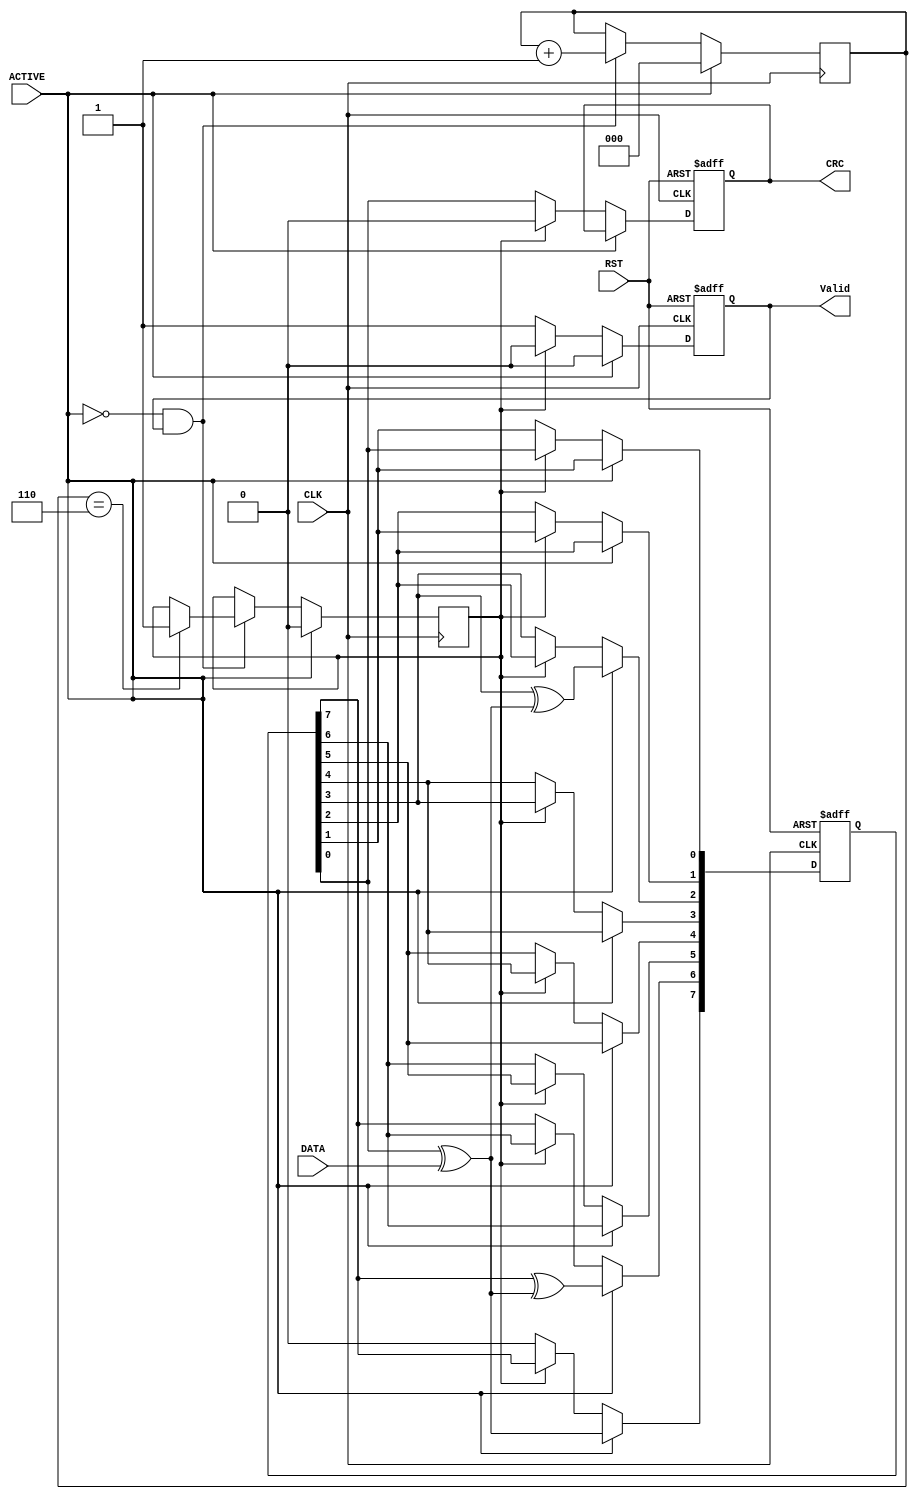
module LFSR #(parameter WIDTH = 8,
              parameter COUNTER_WIDTH = 3) (
    input  wire CLK, RST,
    input  wire ACTIVE, 
    input  wire DATA,
    output reg  CRC,
    output reg  Valid
);

// Declare 8-bit register
reg [WIDTH - 1 : 0] LFSR;

// Counter
reg [COUNTER_WIDTH - 1 : 0] counter;
reg done_count;

wire FeedBack;

integer i;

localparam [WIDTH - 1 : 0] TAPS = 8'b10111011;
localparam [WIDTH - 1 : 0] SEED = 8'hD8;

assign FeedBack = LFSR[0] ^ DATA;

always @(posedge CLK or negedge RST) begin
    if(!RST) begin
        LFSR       <= SEED;
        Valid      <= 1'b0;
        CRC        <= 1'b0;
    end
    else if(ACTIVE) begin 
        for(i = 0 ; i < (WIDTH - 1) ; i = i + 1) begin
            if(TAPS[i] == 1) begin
                LFSR[i] <= LFSR[i+1];
            end
            else begin
                LFSR[i] <= LFSR[i+1] ^ FeedBack;
            end
        end
        LFSR[WIDTH - 1] <= FeedBack;
        Valid <= 1'b0;
        /*
        LFSR[0] <= LFSR[1];
        LFSR[1] <= LFSR[2];
        LFSR[2] <= LFSR[3] ^ FeedBack;
        LFSR[3] <= LFSR[4];
        LFSR[4] <= LFSR[5];  
        LFSR[5] <= LFSR[6];
        LFSR[6] <= LFSR[7] ^ FeedBack;
        LFSR[7] <= FeedBack;
        */   
    end
    else if(!done_count) begin
        Valid <= 1'b1;
        {LFSR[WIDTH - 2 : 0],CRC} <= LFSR ;
        LFSR[7] <= 1'b0;
			/*
			CRC <= LFSR[0]
			LFSR[0] <= LFSR[1]
			LFSR[1] <= LFSR[2]
			LFSR[2] <= LFSR[3]
			LFSR[3] <= LFSR[4]
			LFSR[4] <= LFSR[5]
			LFSR[5] <= LFSR[6]
			LFSR[6] <= LFSR[7]
            LFSR[7] <= 0
			*/       
    end

    else begin
        Valid <= 1'b0;
        CRC   <=  'b0;
    end
end

always @(posedge CLK) begin
    if(ACTIVE) begin
        counter    <= 3'b000;
        done_count <= 1'b0;
    end
    else if(!ACTIVE && Valid) begin
        counter <= counter + 1;
        if(counter == 3'b110) begin
            done_count <= 1'b1;
        end
    end
end
    
endmodule